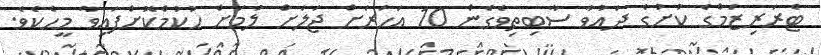
ޓެރަރިޒަމްގެ ކުށުގެ ދައުވާ ސާބިތިވެގެން 10 އަހަރަށް ޖަލަށް ލުމަށް ހުކުމްކޮށްފައިވާ މީހެކެވެ.